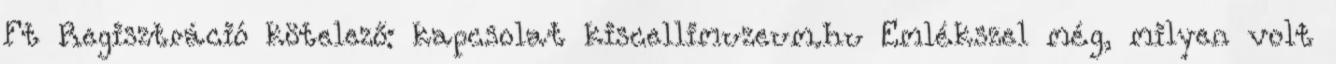
Ft Regisztráció kötelező: kapcsolat kiscellimuzeum.hu Emlékszel még, milyen volt